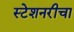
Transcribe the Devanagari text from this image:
स्टेशनरीचा